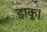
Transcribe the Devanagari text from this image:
डाकू।